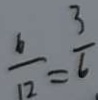
\frac { 6 } { 1 2 } = \frac { 3 } { 6 }